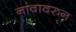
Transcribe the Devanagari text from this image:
नांवावरुन